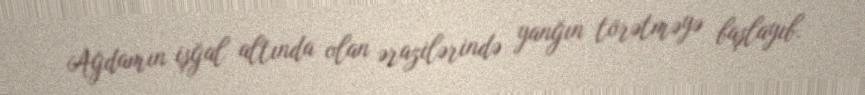
Ağdamın işğal altında olan ərazilərində yanğın törətməyə başlayıb.